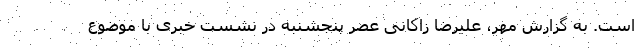
است. به گزارش مهر، علیرضا زاکانی عصر پنجشنبه در نشست خبری با موضوع